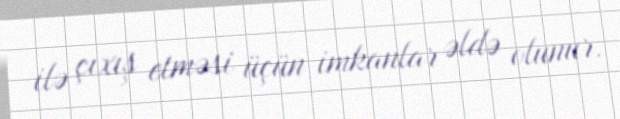
ilə çıxış etməsi üçün imkanlar əldə olunur.